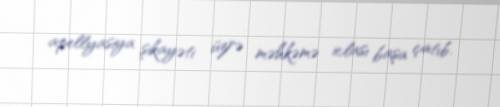
apellyasiya şikayəti üzrə məhkəmə iclası başa çatıb.